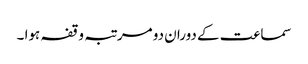
سماعت کے دوران دو مرتبہ وقفہ ہوا ۔